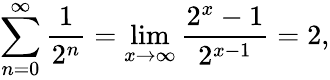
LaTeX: \sum_{n=0}^{\infty}{\frac{1}{2^{n}}}=\operatorname*{lim}_{x\to\infty}{\frac{2^{x}-1}{2^{x-1}}}=2,